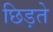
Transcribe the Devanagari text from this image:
छिड़ते